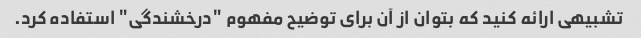
تشبیهی ارائه کنید که بتوان از آن برای توضیح مفهوم "درخشندگی" استفاده کرد.